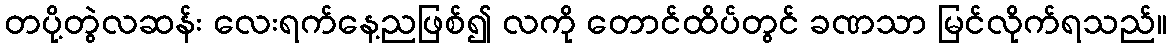
တပို့တွဲလဆန်း လေးရက်နေ့ညဖြစ်၍ လကို တောင်ထိပ်တွင် ခဏသာ မြင်လိုက်ရသည်။